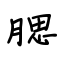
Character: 腮